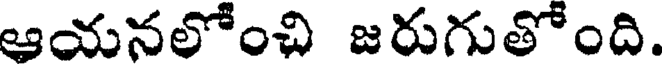
ఆయనలోంచి జరుగుతోంది.